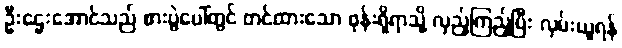
ဦးဌေးအောင်သည် စားပွဲပေါ်တွင် တင်ထားသော ဖုန်းရှိရာသို့ လှည့်ကြည့်ပြီး လှမ်းယူရန်